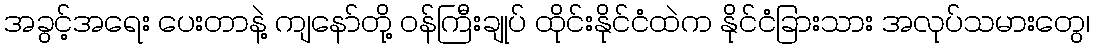
အခွင့်အရေး ပေးတာနဲ့ ကျနော်တို့ ဝန်ကြီးချုပ် ထိုင်းနိုင်ငံထဲက နိုင်ငံခြားသား အလုပ်သမားတွေ၊